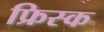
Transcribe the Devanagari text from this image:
फ्रिस्क